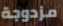
مزدوجة